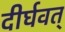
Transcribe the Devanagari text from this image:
दीर्घवत्